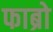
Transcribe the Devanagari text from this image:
फाब्रो